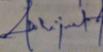
Signature authenticity: genuine